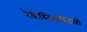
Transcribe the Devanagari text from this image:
देवीस्तिस्रस्तिस्रो